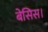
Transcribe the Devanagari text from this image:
बेसिस।